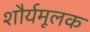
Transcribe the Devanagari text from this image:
शौर्यमूलक